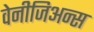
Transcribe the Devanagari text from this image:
वेनीजिअन्स